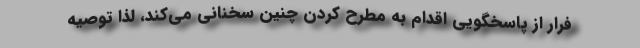
فرار از پاسخگویی اقدام به مطرح کردن چنین سخنانی می‌کند، لذا توصیه